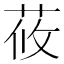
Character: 莜